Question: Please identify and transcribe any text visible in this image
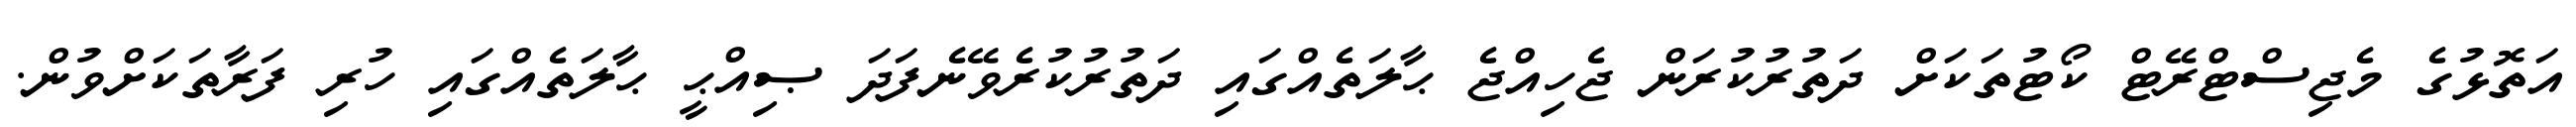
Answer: އަތޮޅުގެ މެޖިސްޓްރޭޓް ކޯޓުތަކަށް ދަތުރުކުރަން ޖެހިއްޖެ ޙާލަތެއްގައި ދަތުރުކުރެވޭނެފަދަ ޞިއްޙީ ޙާލަތެއްގައި ހުރި ފަރާތަކަށްވުން.